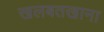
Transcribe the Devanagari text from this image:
खलबतखाना